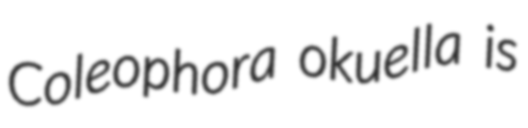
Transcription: Coleophora okuella is